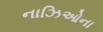
નાઝિઓના